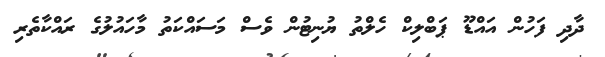
ދާދި ފަހުން އައްޑޫ ޕަބްލިކް ހެލްތު ޔުނިޓުން ވެސް މަސައްކަތު މާހައުލުގެ ރައްކާތެރި